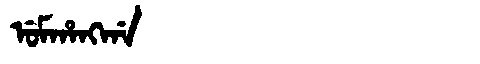
Manchu: ᡠᠮᡥᠠᠩᡤᠠ
Romanization: UMHANGGA